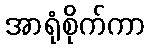
အာရုံစိုက်ကာ